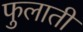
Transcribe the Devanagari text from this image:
फुलाती